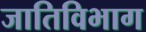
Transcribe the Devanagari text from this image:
जातिविभाग